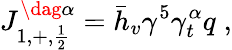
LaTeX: J_{1,+,{\frac{1}{2}}}^{\dag\alpha}=\bar{h}_{v}\gamma^{5}\gamma_{t}^{\alpha}q\; ,